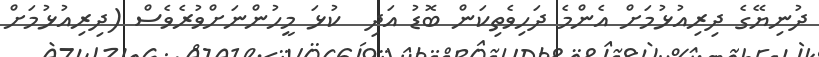
ދުނިޔޭގެ ދިރިއުޅުމަށް އެންމެ ދަހިވެތިކަން ބޮޑު އަދި  ކުޅަ މީހުންނަށްވުރެވެސް (ދިރިއުޅުމަށް